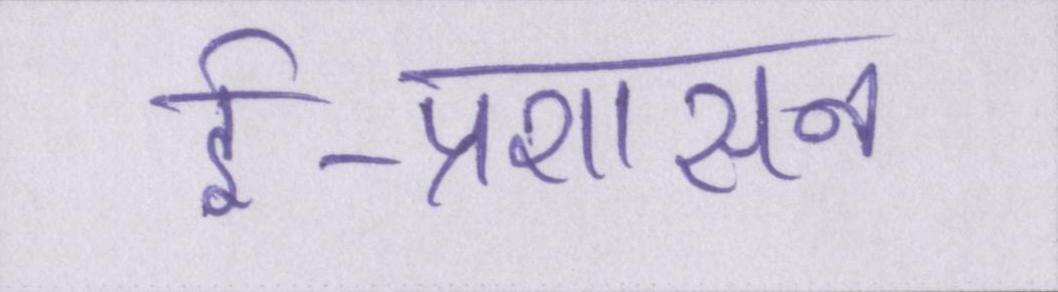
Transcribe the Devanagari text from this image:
ई-प्रशासन